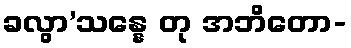
ခလွာ’သန္နေ တု အဘိတော-